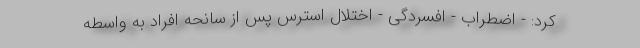
کرد: - اضطراب - افسردگی - اختلال استرس پس از سانحه افراد به واسطه